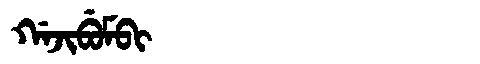
Manchu: ᡤᠠᠵᡳᠪᡠᠮᠪᡳ
Romanization: GAJIBUMBI